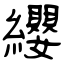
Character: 纓